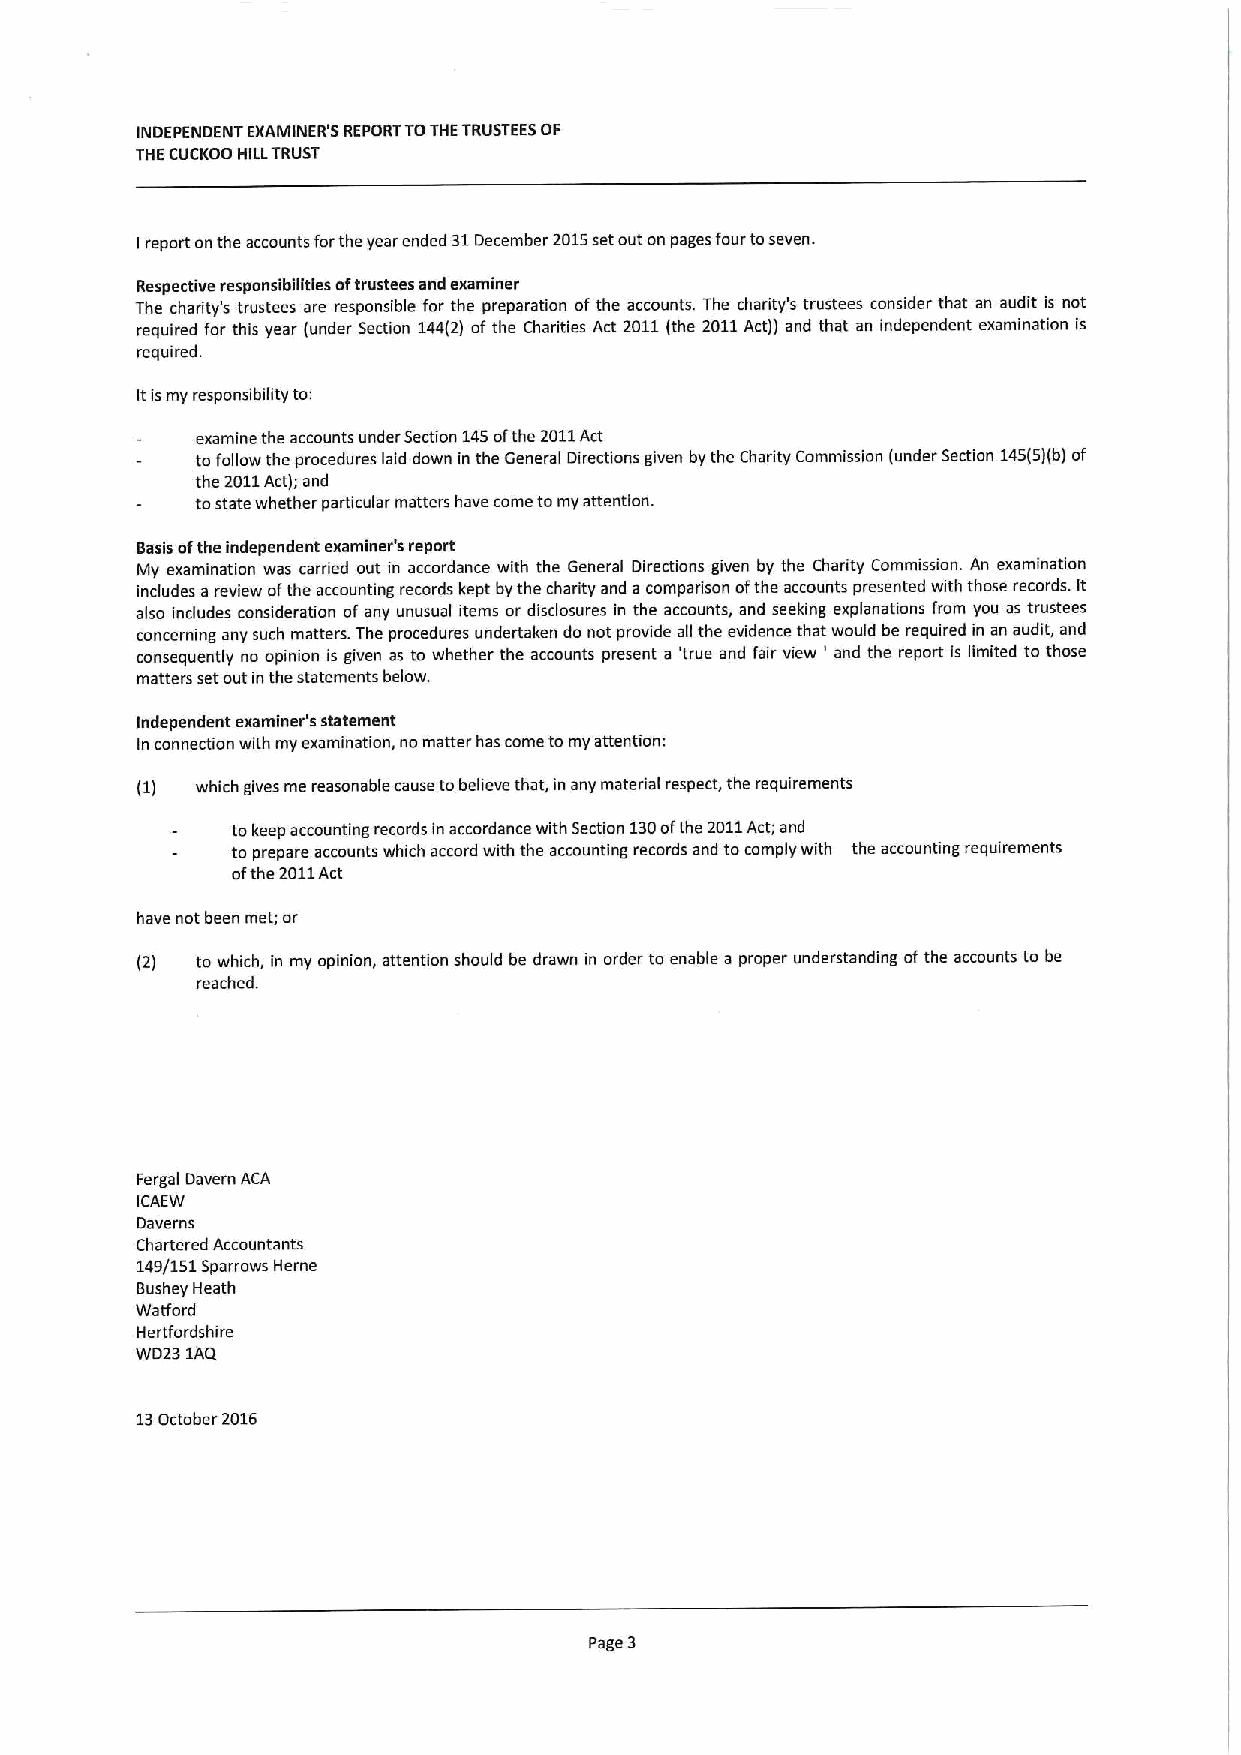
INDEPENDENT EXAMINER'5 REPORTTOTHETRUSTEESOF
 THECUCKOO HILLTRUST
 report onthe accounts forthe year ended 31December 2015setout on pages four toseven.
 I
 Respective responsibilities oftrustees and examiner
 The charity's trustees are responsible for the preparation ofthe accounts. The charity's trustees consider that an audit is not
 required for this year (under Section 144(2) of the Chanties Act 2011(the 2011Act)) and that an independent examination is
 required.
 Itismy responsibility to:
 examine the accounts under Section 145ofthe 2011Act
 to fallow the procedures laid down in the General Directions given by the Charity Commission (under Section 145(5)(b)of
 the 2011Act); and
 tostate whether particular matters have come tomy attention.
 Basis ofthe independent examiner's report
 My examination was carried out in accordance with the General Directions given by the Charity Commission. An examination
 includes a review ofthe accounting records kept by the charity and a compadson ofthe accounts presented with those records. It
 also includes consideration of any unusual items or disclosures in the accounts, and seeking explanations from you as trustees
 concerning any such matters. The procedures undertaken do not provide all the evidence that would be required in an audit, and
 consequently no opinion is given as to whether the accounts present a 'true and fair view ' and the report is limited to those
 matters setout in the statements below.
 Independent examiner's statement
 In connection with my examination, no matter has carne to my attention:
 (1) which gives me reasonable cause tobeheve that, in any material respect, the requirements
 tokeep accounting records in accordance with Section 130ofthe 2011Act;and
 to prepare accounts which accord with the accounting records and tocomply with the accounting requirements
 ofthe 2011Act
 have not been met,'or
 (2) to which, in my opinion, attention should be drawn in order to enable a proper understanding ofthe accounts to be
 reached.
 Fergal Davern ACA
 ICAEW
 Daverns
 Chartered Accountants
 149/151Sparrows Herne
 BusheyHeath
 Watford
 Herffordshire
 WD23 1AQ
 13October 2016
 Page 3